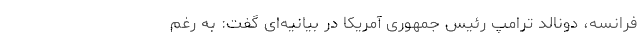
فرانسه، دونالد ترامپ رئیس جمهوری آمریکا در بیانیه‌ای گفت: به رغم